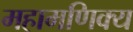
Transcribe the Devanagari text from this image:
महामणिक्य